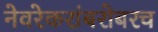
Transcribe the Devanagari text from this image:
नेवरेकरांबरोबरच